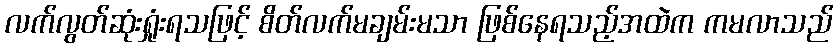
လက်လွတ်ဆုံးရှုံးရသဖြင့် စိတ်လက်မချမ်းမသာ ဖြစ်နေရသည့်အထဲက ကမလာသည်